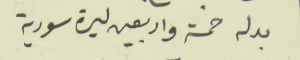
بدله خمسة واربعين ليرة سورية